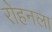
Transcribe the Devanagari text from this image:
रोहनला